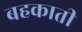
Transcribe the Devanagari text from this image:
बहकाती